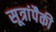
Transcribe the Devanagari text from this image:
सूत्रांपैकी